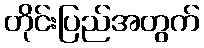
တိုင်းပြည်အတွက်